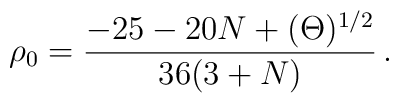
\rho_0 =\frac{-25 - 20 N+(\Theta)^{1/2}}{36(3+N)}\,.